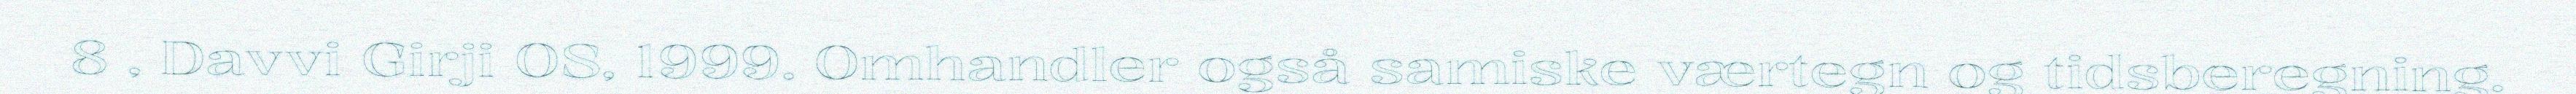
8 , Davvi Girji OS, 1999. Omhandler også samiske værtegn og tidsberegning.